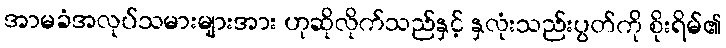
အာမခံအလုပ်သမားများအား ဟုဆိုလိုက်သည်နှင့် နှလုံးသည်းပွတ်ကို စိုးရိမ်၏